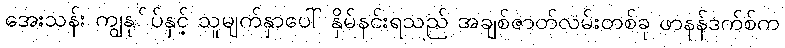
အေးသန်း ကျွနု်ပ်နှင့် သူမျက်နှာပေါ် နှိမ်နင်းရသည် အချစ်ဇာတ်လမ်းတစ်ခု ဖာနန်ဒက်စ်က